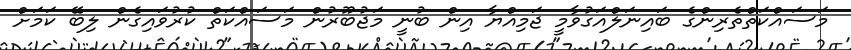
މަސައްކަތްތެރިންގެ ބައިނަލްއަގުވާމީ ޖަމިއްޔާ އިން ބުނީ މަޖުބޫރުން މަސައްކަތް ކުރުވައިގެން ލިބޭ ކަމަށް